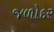
જળોદર